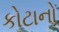
કોટાનો